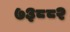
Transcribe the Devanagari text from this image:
७३८८२